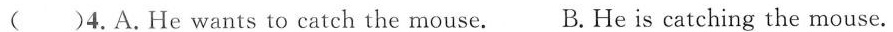
( )4.A.He wants to catch the mouse. B.He is catching the mouse.